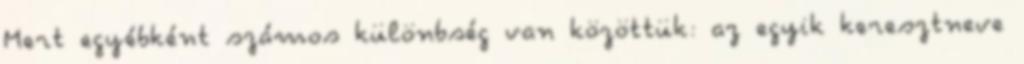
Mert egyébként számos különbség van közöttük: az egyik keresztneve